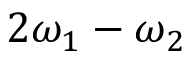
2 \omega _ { 1 } - \omega _ { 2 }